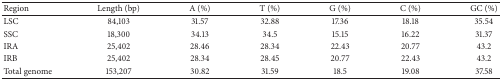
<table><thead><tr><td><b>Region</b></td><td><b>Length (bp)</b></td><td><b>A (%)</b></td><td><b>T (%)</b></td><td><b>G (%)</b></td><td><b>C (%)</b></td><td><b>GC (%)</b></td></tr></thead><tbody><tr><td>LSC</td><td>84,103</td><td>31.57</td><td>32.88</td><td>17.36</td><td>18.18</td><td>35.54</td></tr><tr><td>SSC</td><td>18,300</td><td>34.13</td><td>34.5</td><td>15.15</td><td>16.22</td><td>31.37</td></tr><tr><td>IRA</td><td>25,402</td><td>28.46</td><td>28.34</td><td>22.43</td><td>20.77</td><td>43.2</td></tr><tr><td>IRB</td><td>25,402</td><td>28.34</td><td>28.45</td><td>20.77</td><td>22.43</td><td>43.2</td></tr><tr><td>Total genome</td><td>153,207</td><td>30.82</td><td>31.59</td><td>18.5</td><td>19.08</td><td>37.58</td></tr></tbody></table>